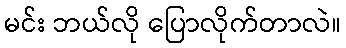
မင်း ဘယ်လို ပြောလိုက်တာလဲ။